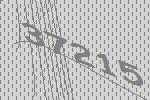
37215